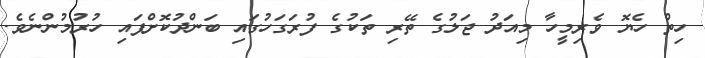
ހިތް ހެޔޮ ވެރިމީހާ މިއަދު ޖަލުގެ ތޭރި ތަކުގެ ފުރަގަހުގައި ބަންދުކޮށްފައި ހުރުމުންނެވެ.